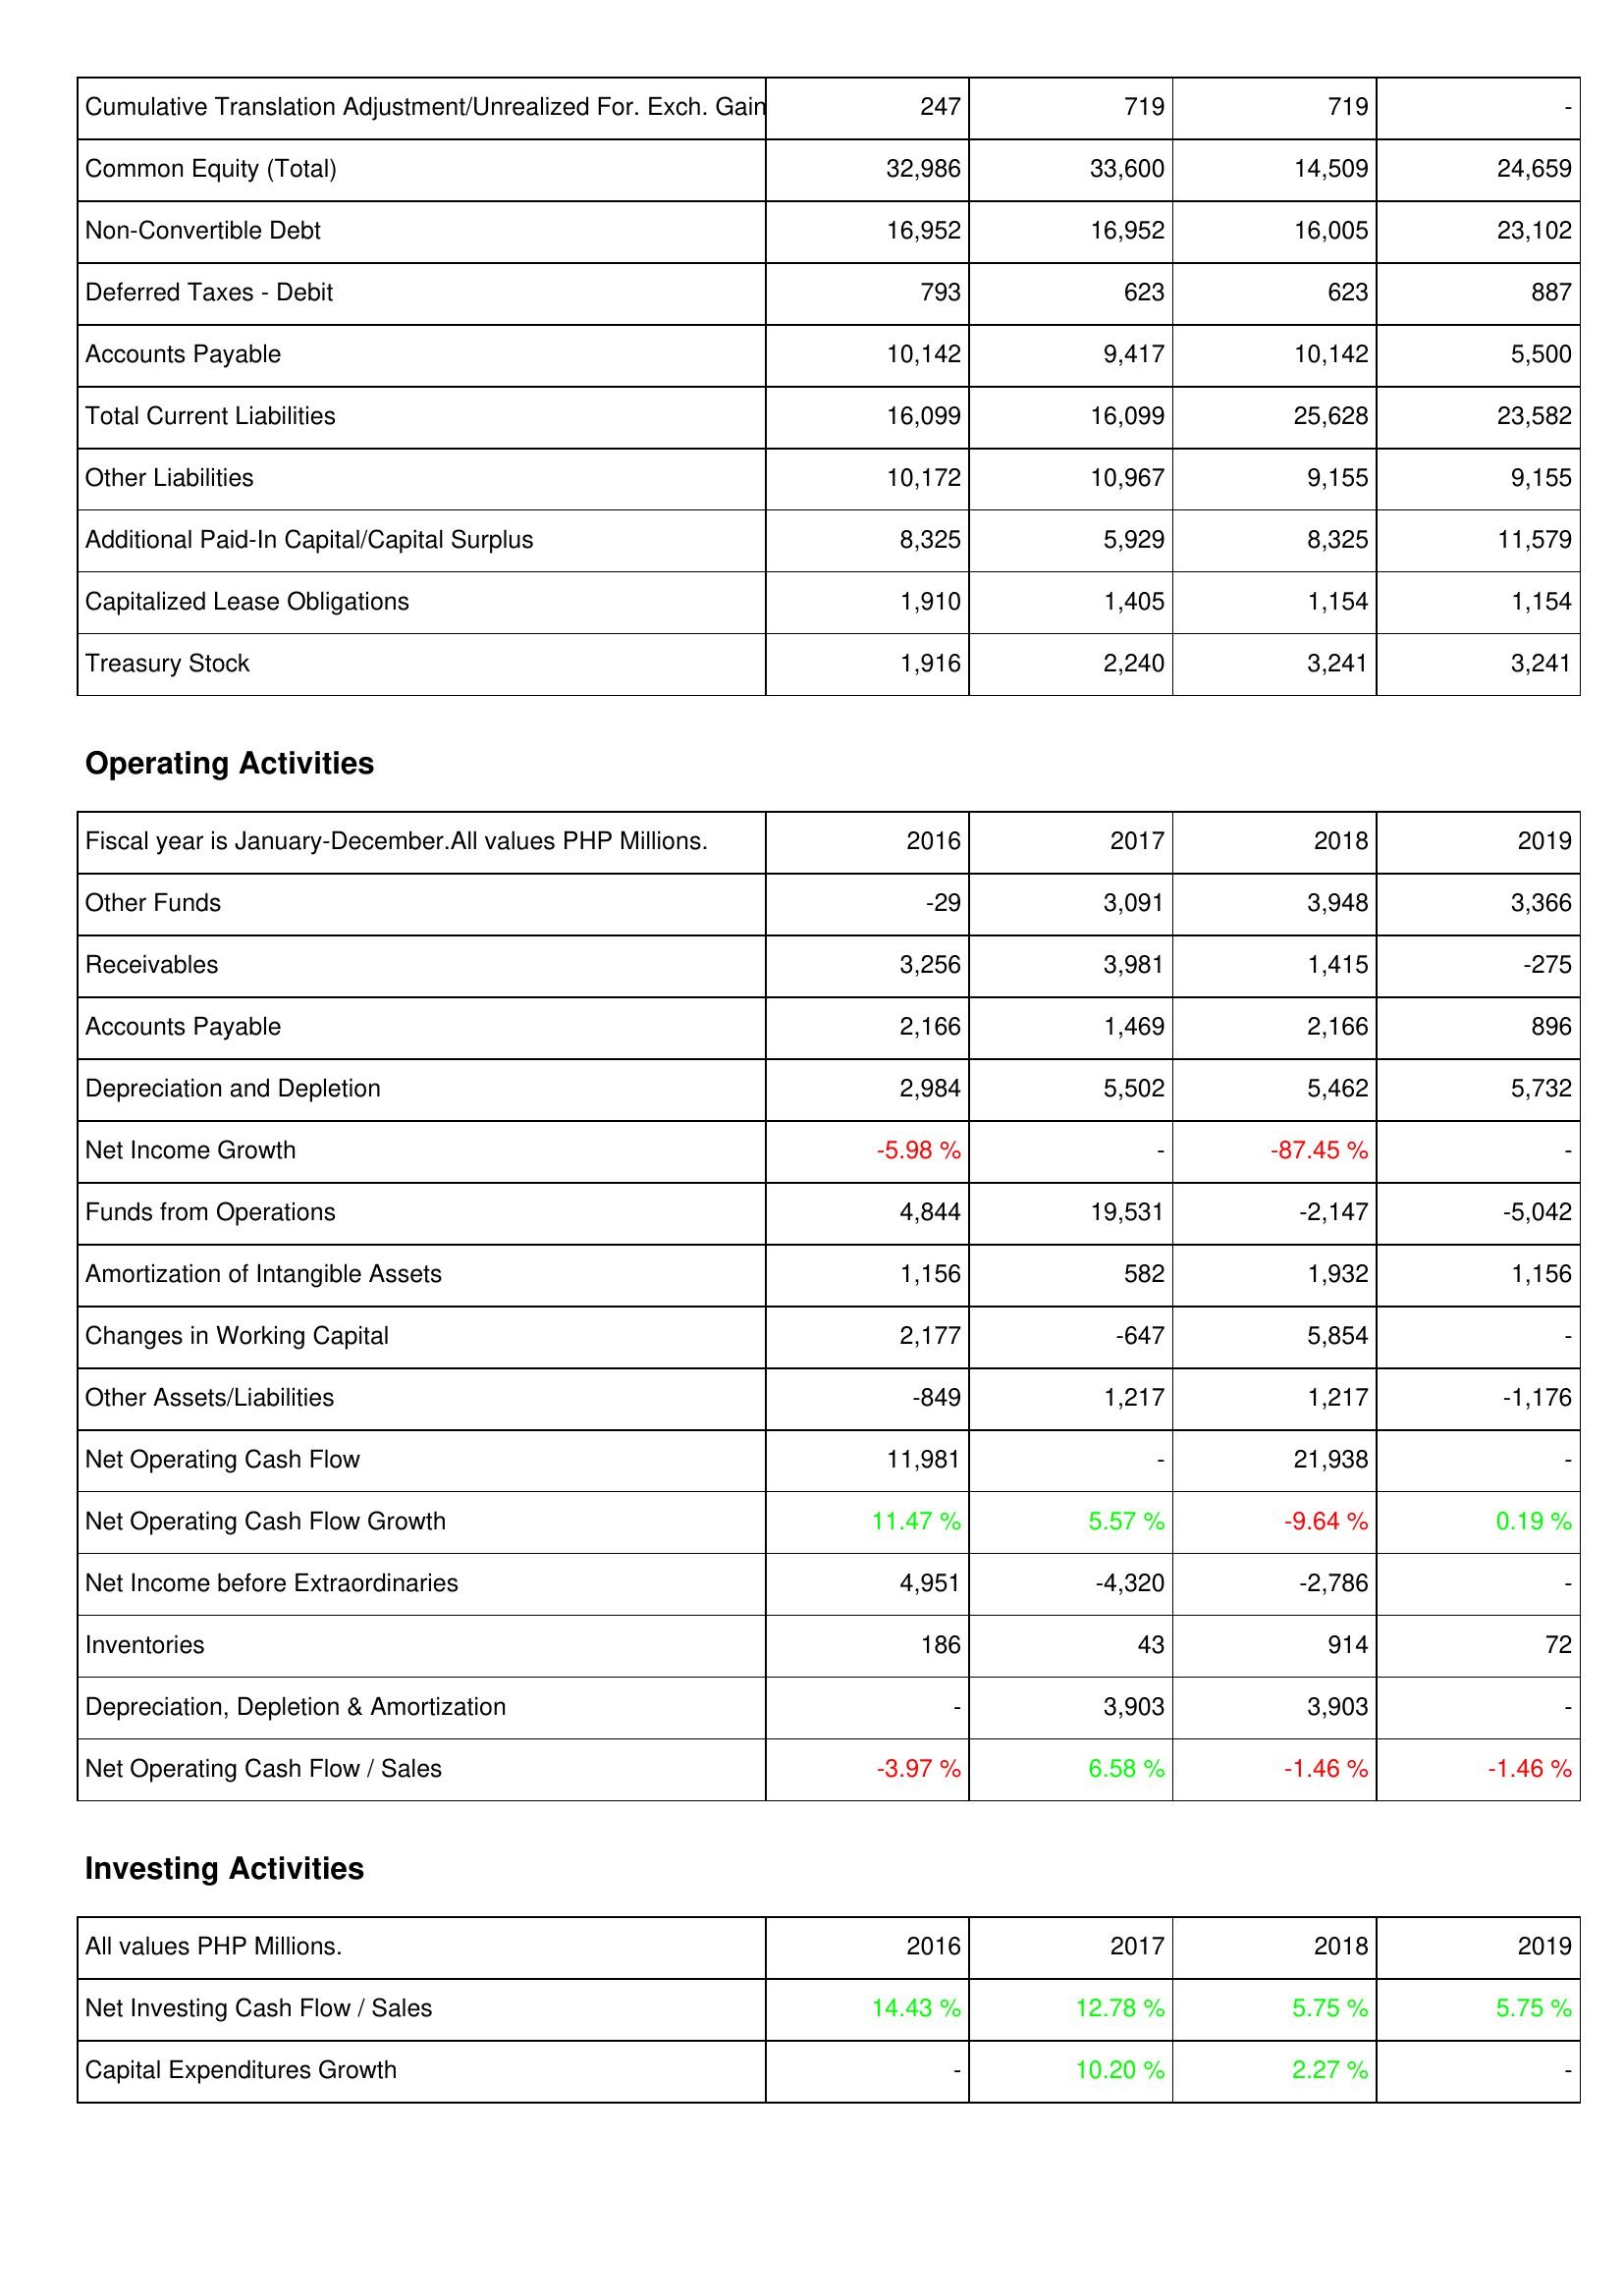
2016: Liabilities & Shareholders' Equity: Cumulative Translation Adjustment/Unrealized For. Exch. Gain: 247
Common Equity (Total): 32,986
Non-Convertible Debt: 16,952
Deferred Taxes - Debit: 793
Accounts Payable: 10,142
Total Current Liabilities: 16,099
Other Liabilities: 10,172
Additional Paid-In Capital/Capital Surplus: 8,325
Capitalized Lease Obligations: 1,910
Treasury Stock: 1,916
Operating Activities: Other Funds: -29
Receivables: 3,256
Accounts Payable: 2,166
Depreciation and Depletion: 2,984
Net Income Growth: -5.98 %
Funds from Operations: 4,844
Amortization of Intangible Assets: 1,156
Changes in Working Capital: 2,177
Other Assets/Liabilities: -849
Net Operating Cash Flow: 11,981
Net Operating Cash Flow Growth: 11.47 %
Net Income before Extraordinaries: 4,951
Inventories: 186
Depreciation, Depletion & Amortization: -
Net Operating Cash Flow / Sales: -3.97 %
Investing Activities: Net Investing Cash Flow / Sales: 14.43 %
Capital Expenditures Growth: -
2017: Liabilities & Shareholders' Equity: Cumulative Translation Adjustment/Unrealized For. Exch. Gain: 719
Common Equity (Total): 33,600
Non-Convertible Debt: 16,952
Deferred Taxes - Debit: 623
Accounts Payable: 9,417
Total Current Liabilities: 16,099
Other Liabilities: 10,967
Additional Paid-In Capital/Capital Surplus: 5,929
Capitalized Lease Obligations: 1,405
Treasury Stock: 2,240
Operating Activities: Other Funds: 3,091
Receivables: 3,981
Accounts Payable: 1,469
Depreciation and Depletion: 5,502
Net Income Growth: -
Funds from Operations: 19,531
Amortization of Intangible Assets: 582
Changes in Working Capital: -647
Other Assets/Liabilities: 1,217
Net Operating Cash Flow: -
Net Operating Cash Flow Growth: 5.57 %
Net Income before Extraordinaries: -4,320
Inventories: 43
Depreciation, Depletion & Amortization: 3,903
Net Operating Cash Flow / Sales: 6.58 %
Investing Activities: Net Investing Cash Flow / Sales: 12.78 %
Capital Expenditures Growth: 10.20 %
2018: Liabilities & Shareholders' Equity: Cumulative Translation Adjustment/Unrealized For. Exch. Gain: 719
Common Equity (Total): 14,509
Non-Convertible Debt: 16,005
Deferred Taxes - Debit: 623
Accounts Payable: 10,142
Total Current Liabilities: 25,628
Other Liabilities: 9,155
Additional Paid-In Capital/Capital Surplus: 8,325
Capitalized Lease Obligations: 1,154
Treasury Stock: 3,241
Operating Activities: Other Funds: 3,948
Receivables: 1,415
Accounts Payable: 2,166
Depreciation and Depletion: 5,462
Net Income Growth: -87.45 %
Funds from Operations: -2,147
Amortization of Intangible Assets: 1,932
Changes in Working Capital: 5,854
Other Assets/Liabilities: 1,217
Net Operating Cash Flow: 21,938
Net Operating Cash Flow Growth: -9.64 %
Net Income before Extraordinaries: -2,786
Inventories: 914
Depreciation, Depletion & Amortization: 3,903
Net Operating Cash Flow / Sales: -1.46 %
Investing Activities: Net Investing Cash Flow / Sales: 5.75 %
Capital Expenditures Growth: 2.27 %
2019: Liabilities & Shareholders' Equity: Cumulative Translation Adjustment/Unrealized For. Exch. Gain: -
Common Equity (Total): 24,659
Non-Convertible Debt: 23,102
Deferred Taxes - Debit: 887
Accounts Payable: 5,500
Total Current Liabilities: 23,582
Other Liabilities: 9,155
Additional Paid-In Capital/Capital Surplus: 11,579
Capitalized Lease Obligations: 1,154
Treasury Stock: 3,241
Operating Activities: Other Funds: 3,366
Receivables: -275
Accounts Payable: 896
Depreciation and Depletion: 5,732
Net Income Growth: -
Funds from Operations: -5,042
Amortization of Intangible Assets: 1,156
Changes in Working Capital: -
Other Assets/Liabilities: -1,176
Net Operating Cash Flow: -
Net Operating Cash Flow Growth: 0.19 %
Net Income before Extraordinaries: -
Inventories: 72
Depreciation, Depletion & Amortization: -
Net Operating Cash Flow / Sales: -1.46 %
Investing Activities: Net Investing Cash Flow / Sales: 5.75 %
Capital Expenditures Growth: -